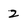
Character: 2